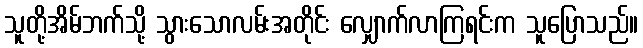
သူတို့အိမ်ဘက်သို့ သွားသောလမ်းအတိုင်း လျှောက်လာကြရင်းက သူပြောသည်။